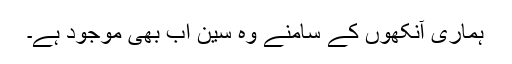
ہماری آنکھوں کے سامنے وہ سین اب بھی موجود ہے۔